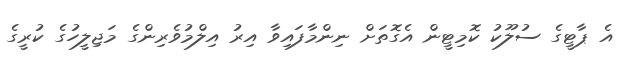
އެ ޕާޓީގެ ސުލޫކު ކޮމިޓީން އެގޮތަށް ނިންމާފައިވާ އިރު އިލްމުވެރިންގެ މަޖިލީހުގެ ކުރީގެ